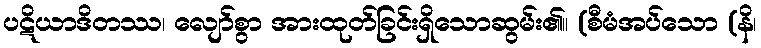
ပဋိယာဒိတဿ၊ လျော်စွာ အားထုတ်ခြင်းရှိသောဆွမ်း၏။ (စီမံအပ်သော (နိ၊